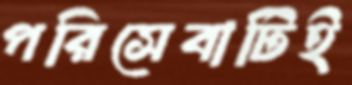
পরিসেবাটিই